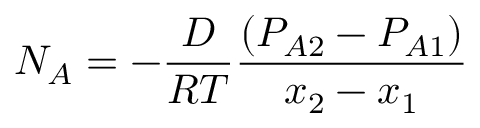
N _ { A } = - { \frac { D } { R T } } { \frac { ( P _ { A 2 } - P _ { A 1 } ) } { x _ { 2 } - x _ { 1 } } }